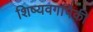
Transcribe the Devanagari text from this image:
शिष्यवर्गापैकी